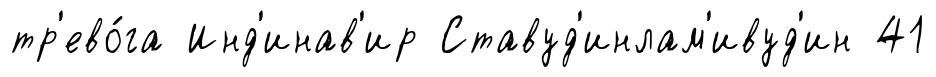
тр'ево́га Инд'инав'ир Ставуд'инлам'ивуд'ин 41